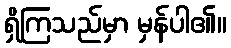
ရှိကြသည်မှာ မှန်ပါ၏။